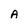
Character: A